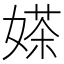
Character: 𱙤